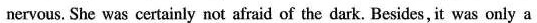
nervous. She was certainly not afraid of the dark. Besides, it was only a